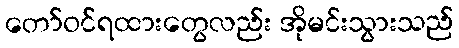
တော်ဝင်ရထားတွေလည်း အိုမင်းသွားသည်